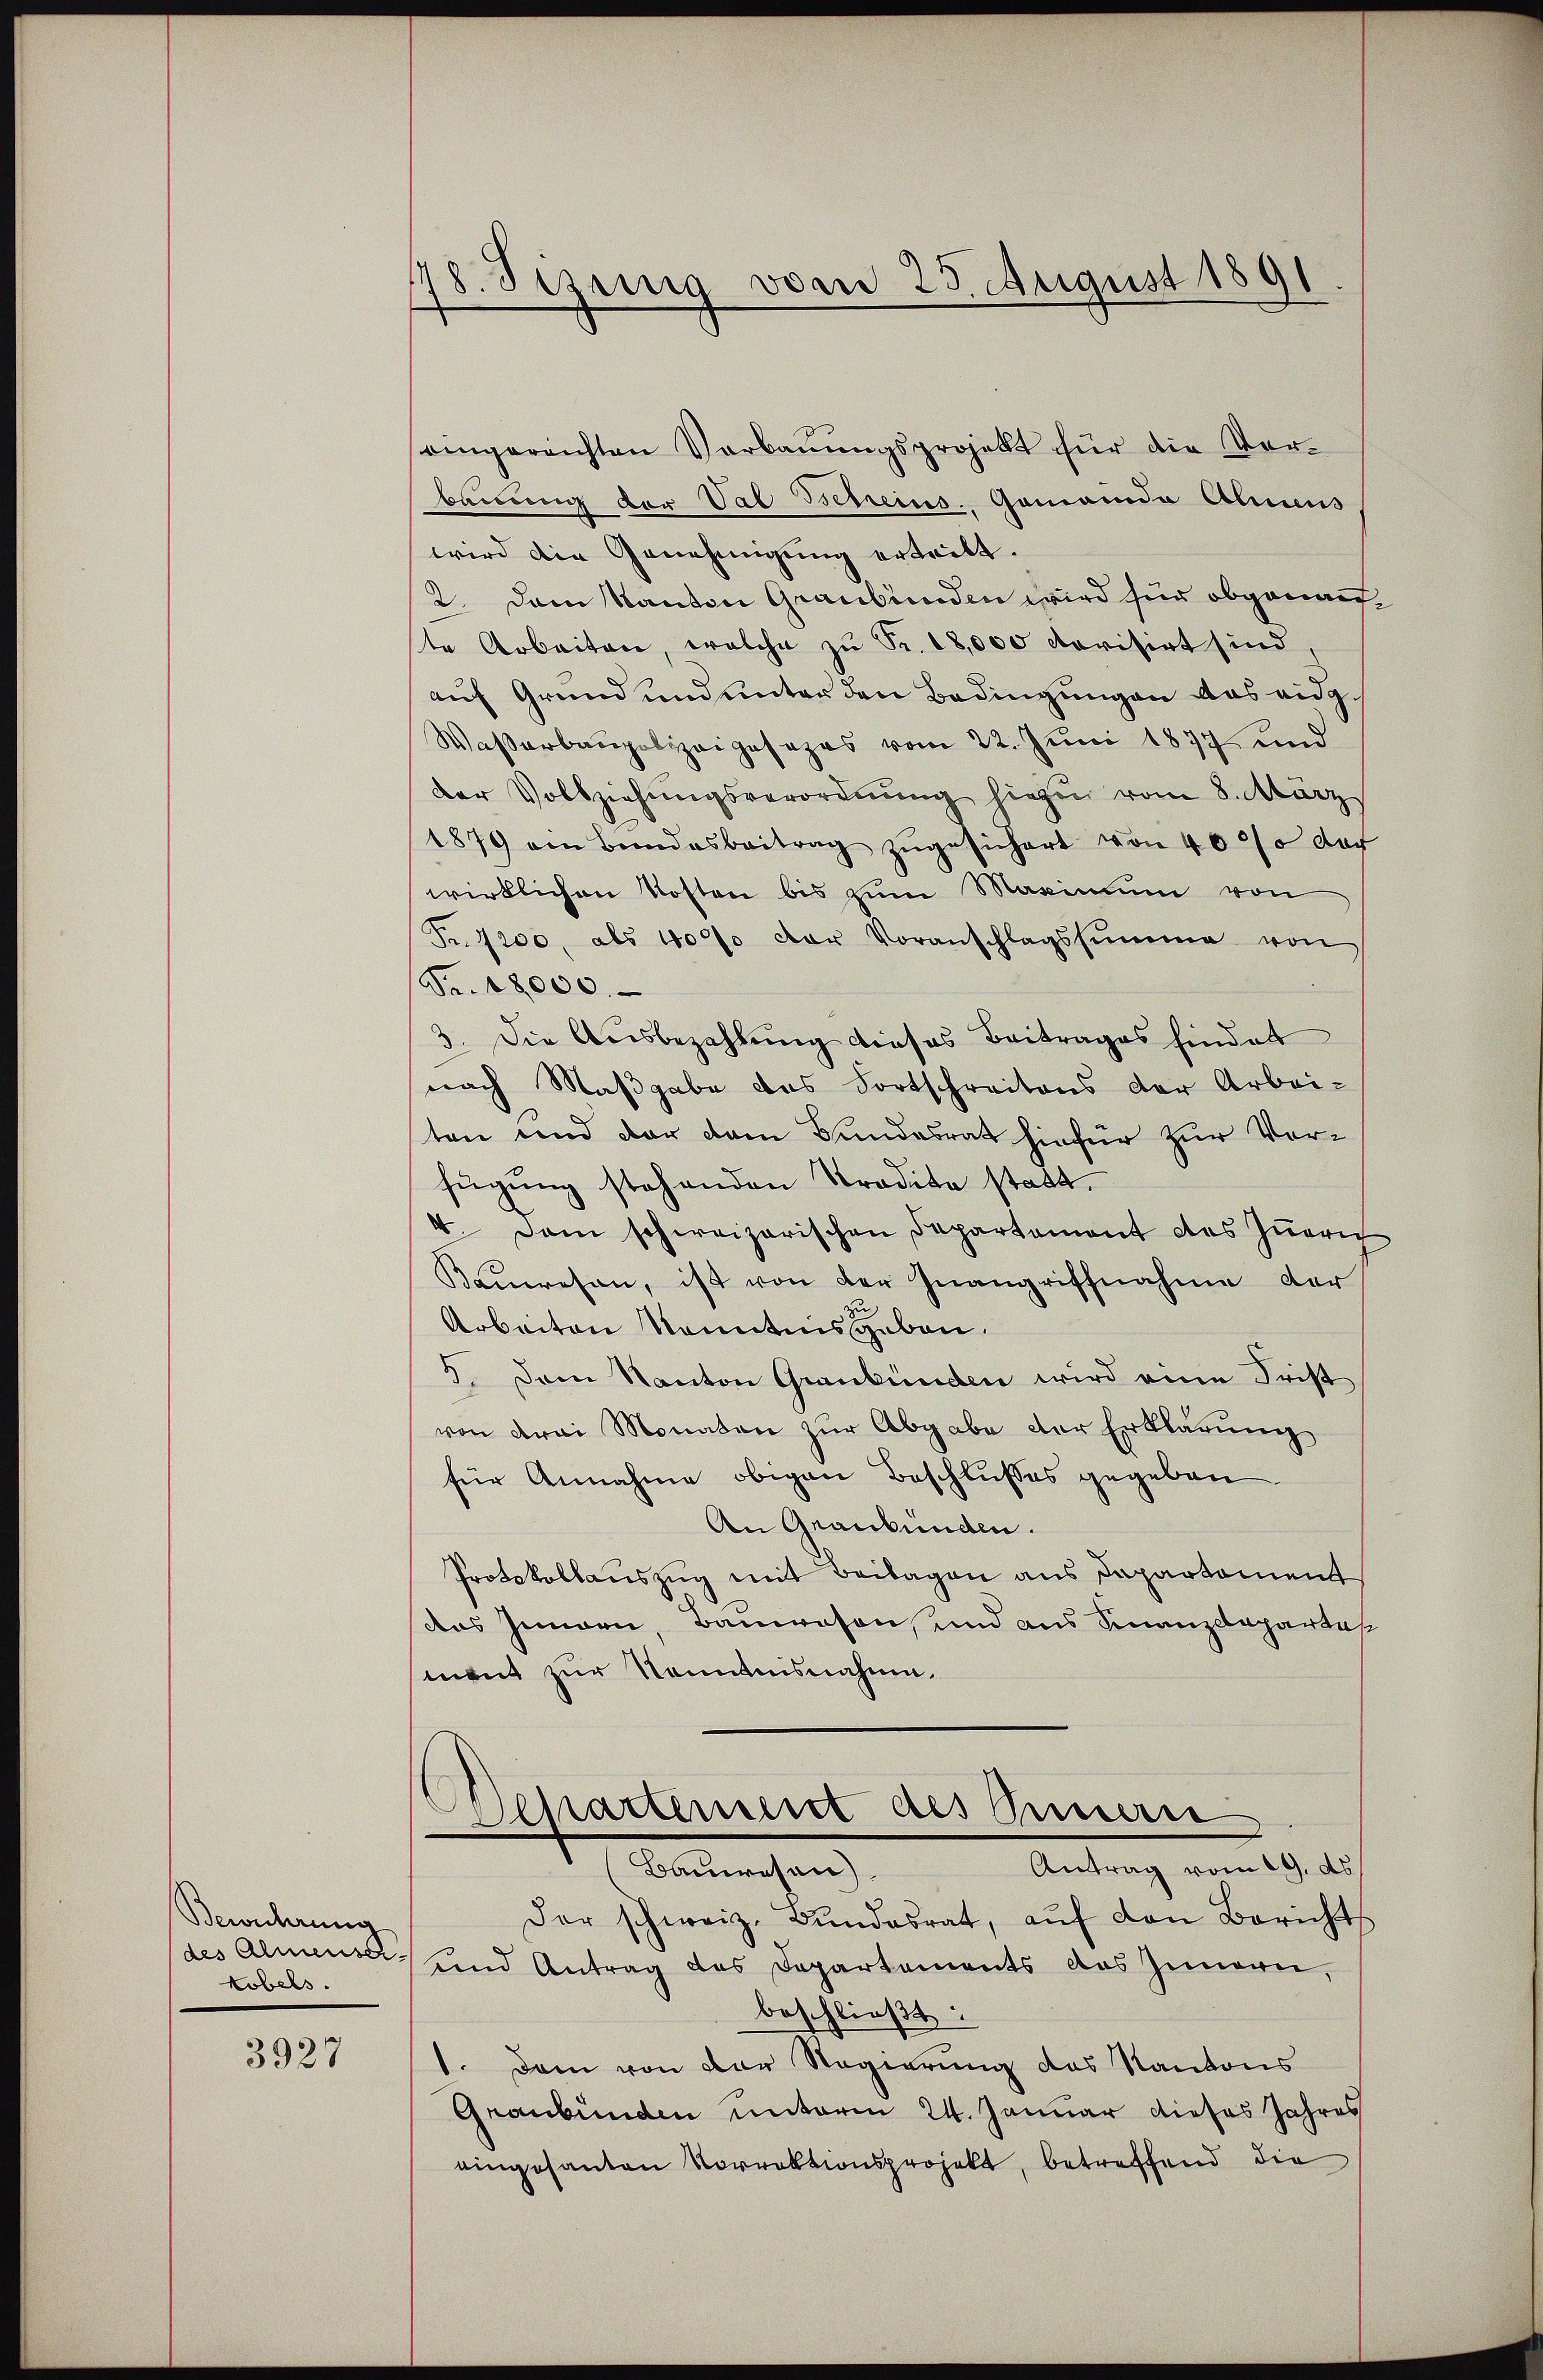
Bewuhrung
tobels.

3927

178. Sizung vom 25. August 1891

eingereichten Verbaŭŭngsprojekt für die Vor-
bauung der Val Betreins. Gemeinde Ahnens
wird die Genehmigung erteilt.
2. Dann Kanton Graubünden wird für obgenaufte Arbeiten, welche zŭ Fr. 18,000 dovisirt sind,
auf Grund und unter den Bedingungen das eidg.
Waßerbaupolizeiposapas vom 22. Juni 1877 und
der Vollziehŭngsverordnŭng hiezu vom 8. März
1879 ein Bundesbeitrag zŭgesichert von 40% der
wirklichen Kosten bis zum Maximum von
Fr. 1200, als 40% der Voranschlagssumme von
Fr. 18000.
3. Die Ausbezahlung dieses Beitrages findet
nach Maßgabe das Fortschreitens der Arbei-
ten und der dem Bundesrat hiefür zur Vorfügung stehenden Stradita statt.
4. Dem schweizerischen Departement des Zürich
Kauwesen, ist von der Inangriffnahme der
zu
Arbeiten Kenntnisgeben.
5. Dem Kanton Graubünden wird eine Frist
von drei Monaten zur Abgabe der Erklärung
für Annahme obigen Beschlusses gegeben
An Graubünden.
Protokollauszug mit Beilagen aus Dapartement
das Innern, Bauwesen, und aus Finanzdepartes
ment zur Kenntnisnahme.
Departement des Innerse
Antrag vom 19. ds.
Bauwesen.
Der schweiz. Bŭndesrat, aŭf den Berichts
des Almense und Antrag des Departements das Innern,
beschließt:
1. Dem von der Regierung des Kantons
Graubünden unterm 24. Januar dieses Jahres
eingesanten Vorrektionsprojekt, betreffend die